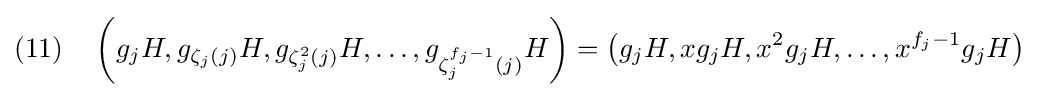
(11)\quad \left(g_{j}H,g_{\zeta _{j}(j)}H,g_{\zeta _{j}^{2}(j)}H,\ldots ,g_{\zeta _{j}^{f_{j}-1}(j)}H\right)=\left(g_{j}H,xg_{j}H,x^{2}g_{j}H,\ldots ,x^{f_{j}-1}g_{j}H\right)